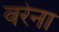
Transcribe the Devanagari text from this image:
वरेना